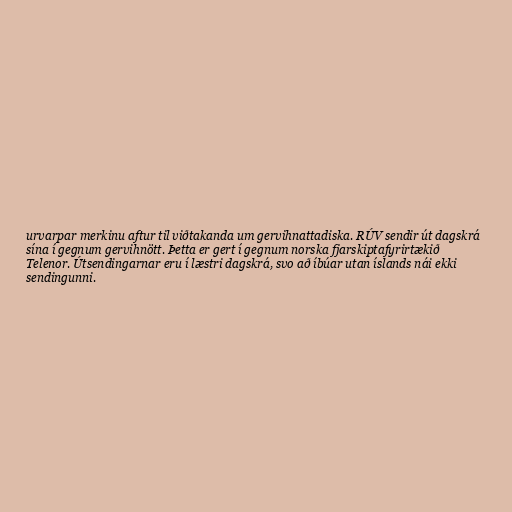
urvarpar merkinu aftur til viðtakanda um gervihnattadiska. RÚV sendir út dagskrá
sína í gegnum gervihnött. Þetta er gert í gegnum norska fjarskiptafyrirtækið
Telenor. Útsendingarnar eru í læstri dagskrá, svo að íbúar utan íslands nái ekki
sendingunni.